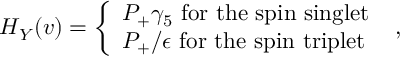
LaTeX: H _ { Y } ( v ) = \left\{ \begin{array} { l } { { P _ { + } \gamma _ { 5 } \mathrm { ~ f o r ~ t h e ~ s p i n ~ s i n g l e t } } } \\ { { P _ { + } \slash { \epsilon } \mathrm { ~ f o r ~ t h e ~ s p i n ~ t r i p l e t } } } \end{array} \right. \ ,